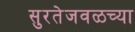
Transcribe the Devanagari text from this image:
सुरतेजवळच्या